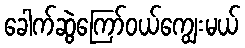
ခေါက်ဆွဲကြော်ဝယ်ကျွေးမယ်